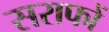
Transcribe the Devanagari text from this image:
सराफों